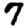
Digit: 7